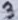
Text: 3